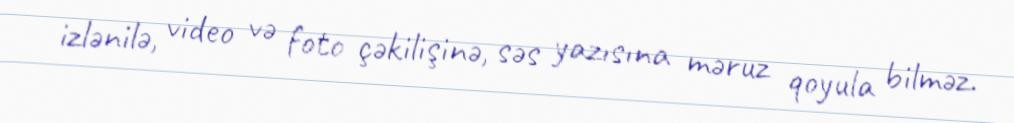
izlənilə, video və foto çəkilişinə, səs yazısına məruz qoyula bilməz.